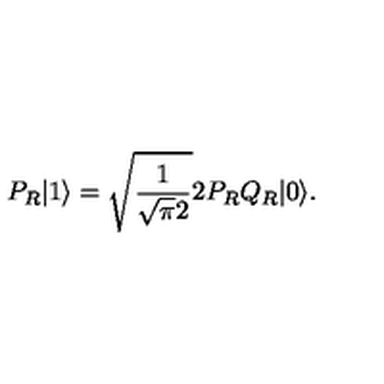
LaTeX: P _ { R } | 1 \rangle = \sqrt { \frac { 1 } { \sqrt { \pi } 2 } } 2 P _ { R } Q _ { R } | 0 \rangle .